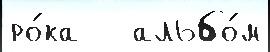
ро́ка   альбо́м